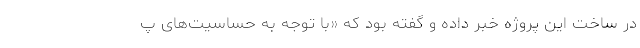
در ساخت این پروژه خبر داده و گفته بود که «با توجه به حساسیت‌های پ